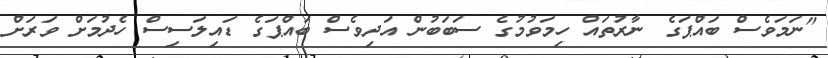
"ނަމަވެސް ބައްޕަގެ ނާރުތައް ހިމަވުމުގެ ސަބަބުން އަދިވެސް ބައްޕަގެ ޑައިލަސިސް ހެދުމަށް ވަރަށް